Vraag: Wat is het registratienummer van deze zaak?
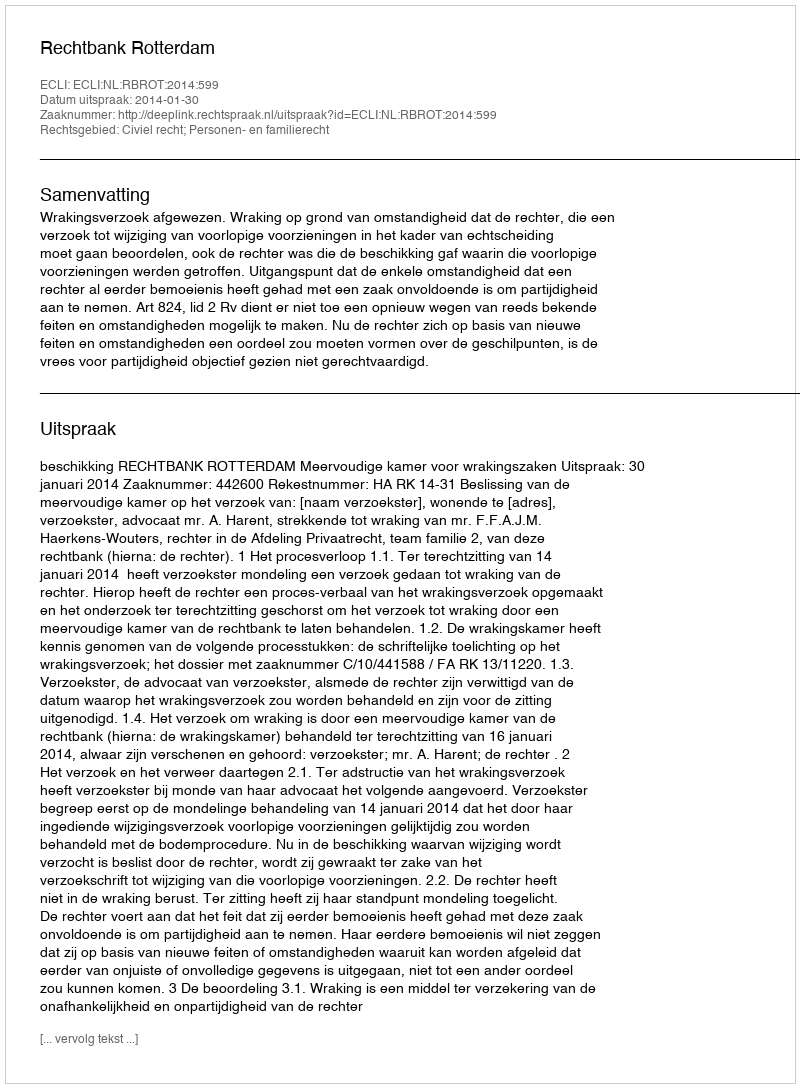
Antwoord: http://deeplink.rechtspraak.nl/uitspraak?id=ECLI:NL:RBROT:2014:599